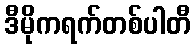
ဒီမိုကရက်တစ်ပါတီ